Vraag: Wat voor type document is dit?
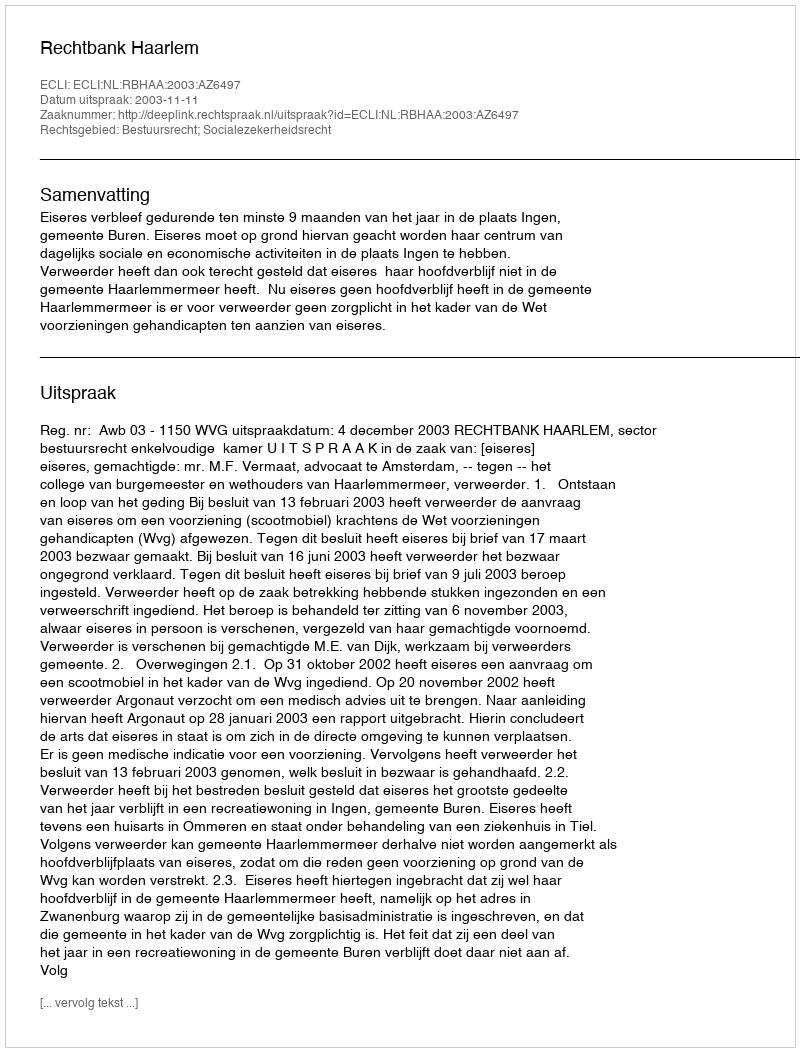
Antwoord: Uitspraak